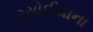
રસોઈયાના